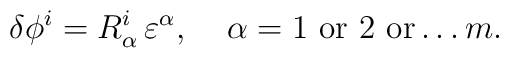
\delta\phi^i=R^i_\alpha \,\varepsilon^\alpha,\;\;\;\;\alpha=1\,\,{\rm or}\,\, 2\,\, {\rm or}\ldots m.